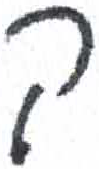
אות: ק